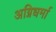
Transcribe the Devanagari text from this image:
अग्निधर्मा